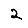
Digit: 2